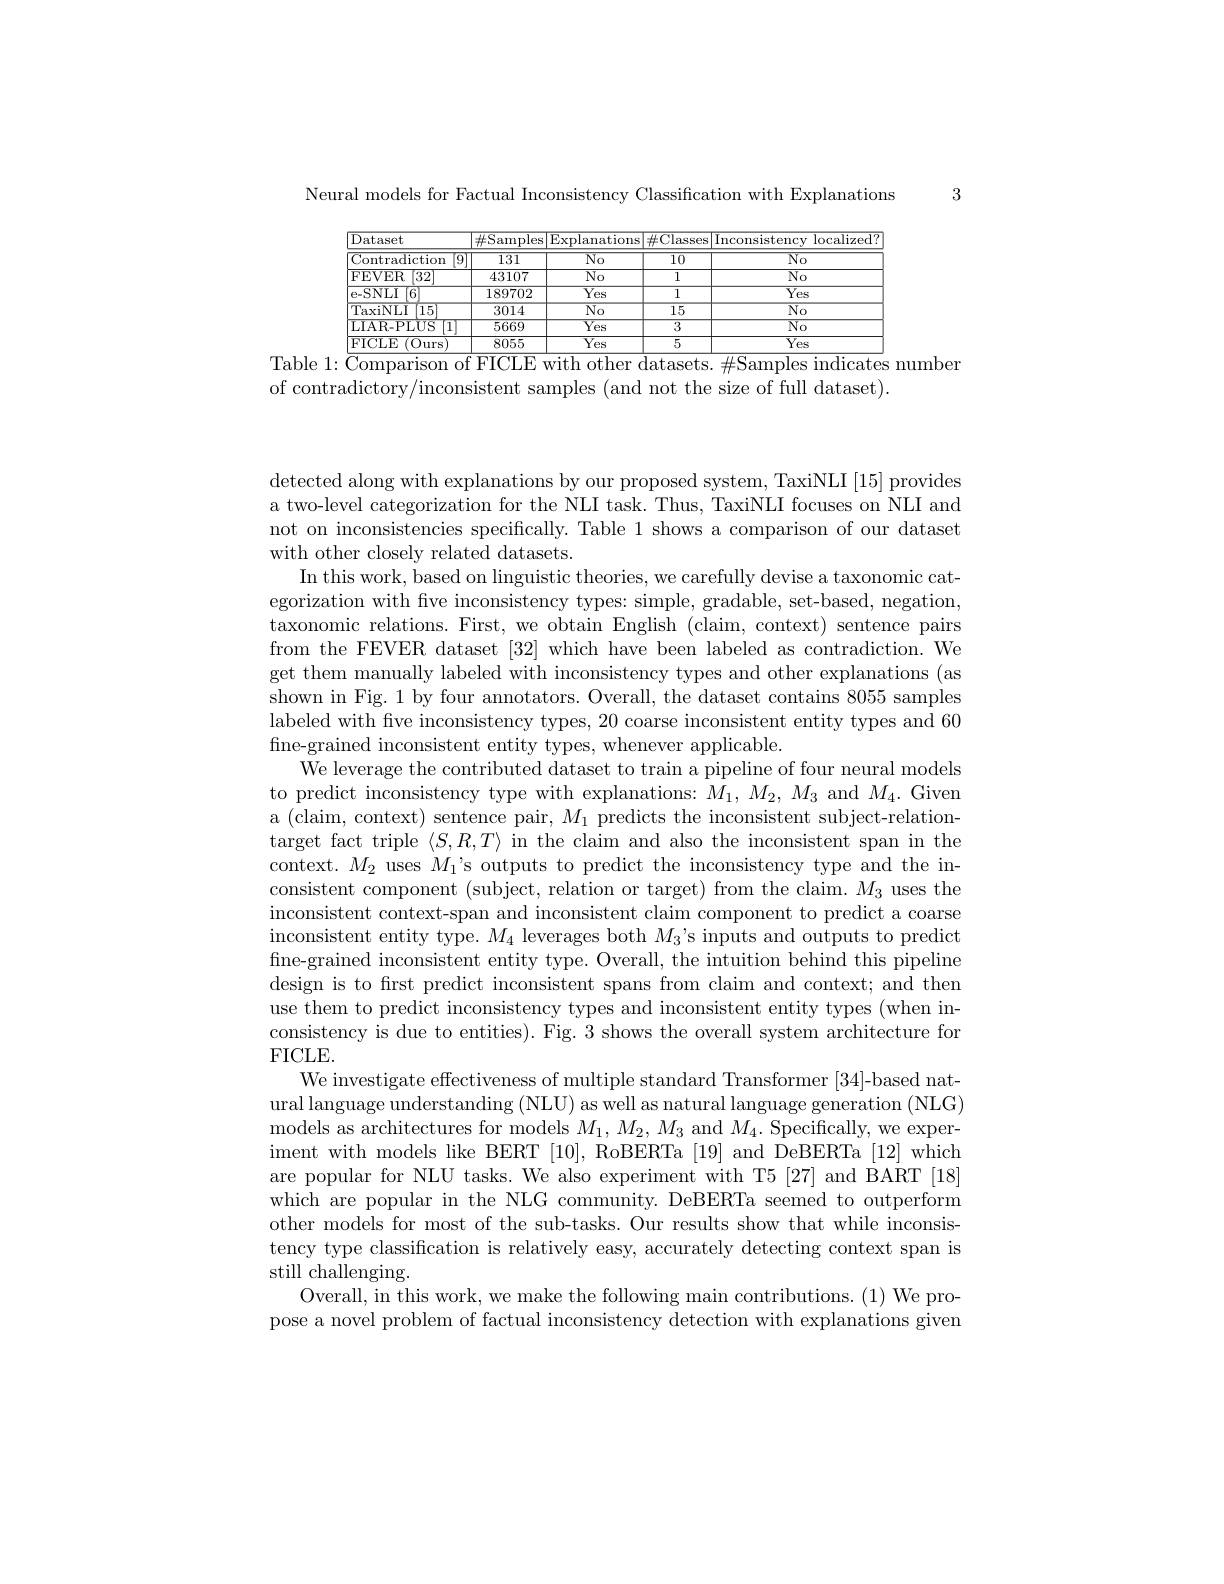
Neural models for Factual Inconsistency Classification with Explanations

<table>
	<tbody>
		<tr>
			<th>Dataset</th>
			<th>$\#$S ${\mathrm{iamples}}$</th>
			<th>$\overline{\mathrm{Explanations}}$</th>
			<th>$\#$Cl$\varepsilon$ lasses</th>
			<th>Inconsistency localized? </th>
		</tr>
		<tr>
			<td>${\mathrm{Contradiction}}$ 9</td>
			<td>131</td>
			<td>$\overline{\mathrm{No}}$</td>
			<td>$\overline{10}$</td>
			<td>$No$</td>
		</tr>
		<tr>
			<td>FEVER [32</td>
			<td>43107</td>
			<td>$\overline{\mathrm{No}}$</td>
			<td>1</td>
			<td>$\overline{\mathrm{No}}$</td>
		</tr>
		<tr>
			<td>e- SNLI 6</td>
			<td>189702</td>
			<td>$\overline{\mathrm{Yes}}$</td>
			<td>1</td>
			<td>$\overline{\mathrm{Yes}}$</td>
		</tr>
		<tr>
			<td>TaxiNLI 15</td>
			<td>3014</td>
			<td>$\overline{No}$</td>
			<td>$\overline{15}$</td>
			<td>$\overline{No}$</td>
		</tr>
		<tr>
			<td>LIAR-PLUS $\lceil1\rceil$</td>
			<td>5669</td>
			<td>$\overline{\mathrm{Yes}}$</td>
			<td>3</td>
			<td>$\overline{\mathrm{No}}$</td>
		</tr>
		<tr>
			<td>FICLE (0urs</td>
			<td>8055</td>
			<td>$\overline{\mathrm{Yes}}$</td>
			<td>5</td>
			<td>$\overline{\mathrm{Yes}}$</td>
		</tr>
	</tbody>
</table>
Table 1: $\overline{\text{Comparison of FICLE with other datasets.}\#\text{Samples indicates number}}$

of contradictory/inconsistent samples (and not the size of full dataset).

3

detected along with explanations by our proposed system, TaxiNLI [15] provides a two-level categorization for the NLI task. Thus, TaxiNLI focuses on NLI and not on inconsistencies specifically. Table 1 shows a comparison of our dataset with other closely related datasets.
In this work, based on linguistic theories, we carefully devise a taxonomic categorization with five inconsistency types: simple, gradable, set-based, negation, taxonomic relations. First, we obtain English (claim, context) sentence pairs from the FEVER dataset [32] which have been labeled as contradiction. We get them manually labeled with inconsistency types and other explanations (as shown in Fig. 1 by four annotators. Overall, the dataset contains 8055 samples labeled with five inconsistency types, 20 coarse inconsistent entity types and 60 fine-grained inconsistent entity types, whenever applicable.
We leverage the contributed dataset to train a pipeline of four neural models to predict inconsistency type with explanations: $M_1,M_2,M_3$ and $M_4.$ Given a (claim, context) sentence pair, $M_1$ predicts the inconsistent subject-relationtarget fact triple $\langle S,R,T\rangle$ in the claim and also the inconsistent span in the context. $M_{2}$ uses $M_{1}$'s outputs to predict the inconsistency type and the inconsistent component (subject, relation or target) from the claim. $M_3$ uses the inconsistent context-span and inconsistent claim component to predict a coarse inconsistent entity type. $M_4$ leverages both $M_3’$s inputs and outputs to predict fine-grained inconsistent entity type. Overall, the intuition behind this pipeline design is to first predict inconsistent spans from claim and context; and then use them to predict inconsistency types and inconsistent entity types (when inconsistency is due to entities). Fig. 3 shows the overall system architecture fon FICLE.
We investigate effectiveness of multiple standard Transformer [34]-based natural language understanding (NLU) as well as natural language generation (NLG) models as architectures for models $M_1,M_2,M_3$ and $M_4.$ Specifically, we experiment with models like BERT [10], RoBERTa [19] and DeBERTa [12] which are popular for NLU tasks. We also experiment with T5 [27] and BART [18] which are popular in the NLG community. DeBERTa seemed to outperform other models for most of the sub-tasks. Our results show that while inconsistency type classification is relatively easy, accurately detecting context span is still challenging.
Overall, in this work, we make the following main contributions. (1) We propose a novel problem of factual inconsistency detection with explanations given